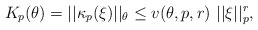
\begin{align*} K_p(\theta) = ||\kappa_p(\xi)||_{\theta} \le v(\theta,p,r) \ ||\xi||_p^r, \ \end{align*}